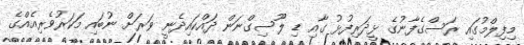
މިފިލްމުގައި ރަސްގެފާނުގެ ޅީދަރިފުޅު ގާއި ޑި ލޫސިގްނަން ދައްކައިދެނީ ވަރަށް ނުބައި މަކަރުވެރިއެއްގެ